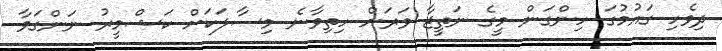
ދިވެހި ގައުމުގަ ހިންގަން މީގެ ނަތީޖާ ވަރަށް ހިތިވާނެ މިސާލަކަށް ކަޝްމީރު ނަންގަވާ